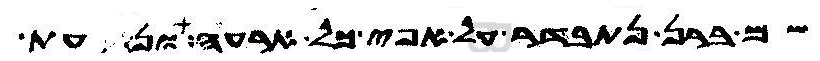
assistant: שם ברן נתבדר על אפי כל ארעה ונעת